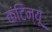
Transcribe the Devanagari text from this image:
कंटिन्यू